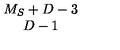
\begin{array} { c } { M _ { S } + D - 3 } \\ { D - 1 } \\ \end{array}